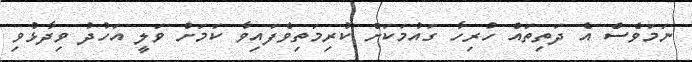
ނަމަވެސް އެ ދަތިތައް ހުރިހާ ގައުމަކަށް ކުރިމަތިވެފައިވާ ކަމަށް ވަލީ އަހުދު ވިދާޅުވި